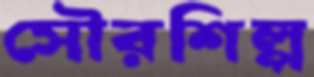
সৌরশিল্প